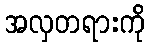
အလှတရားကို